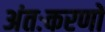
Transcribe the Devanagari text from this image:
अंतःकरणों